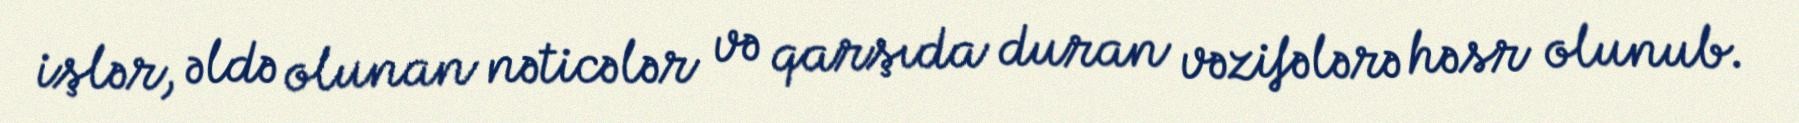
işlər, əldə olunan nəticələr və qarşıda duran vəzifələrə həsr olunub.